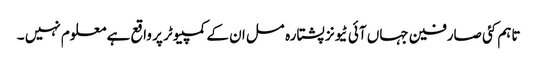
تاہم کئی صارفین جہاں آئی ٹیونز پشتارہ مسل ان کے کمپیوٹر پر واقع ہے معلوم نہیں ۔